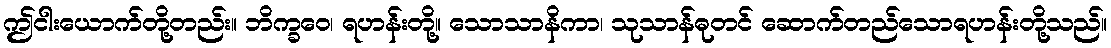
ဤငါးယောက်တို့တည်း။ ဘိက္ခဝေ၊ ရဟန်းတို့။ သောသာနိကာ၊ သုသာန်ဓုတင် ဆောက်တည်သောရဟန်းတို့သည်။